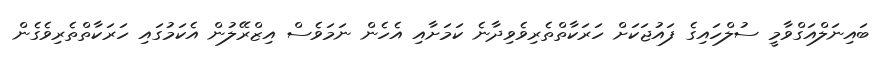
ބައިނަލްއަގްވާމީ ސުލްހައިގެ ފައުޖަކަށް ހަރަކާތްތެރިވެވިދާނެ ކަމަށާއި އެހެން ނަމަވެސް އިޒްރޭލުން އެކަމުގައި ހަރަކާތްތެރިވެގެން